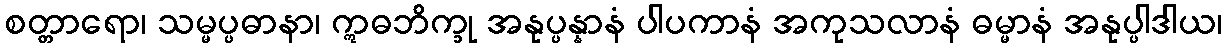
စတ္တာရော၊ သမ္မပ္ပဓာနာ၊ ဣဓဘိက္ခု အနုပ္ပန္နာနံ ပါပကာနံ အကုသလာနံ ဓမ္မာနံ အနုပ္ပါဒါယ၊